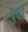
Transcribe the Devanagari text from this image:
चुप्पे